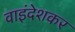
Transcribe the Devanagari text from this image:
वाइंदेशकर